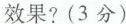
效果?(3分)